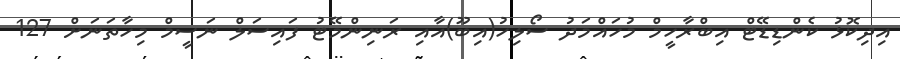
އިދިކޮޅު ކެންޑިޑޭޓް އިބްރާހީމް މުހައްމަދު ސޯލިހު(އިބޫ)އާއި ރަނިންމޭޓު ފައިސަލް ނަސީމް މިހާތަނަށް 127